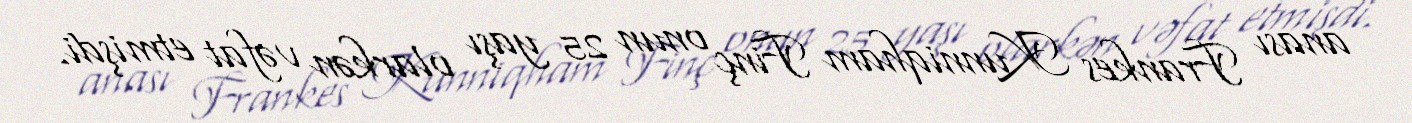
anası Frankes Kunniqham Finç onun 25 yaşı olarkən vəfat etmişdi.